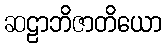
ဆဠာဘိဇာတိယော